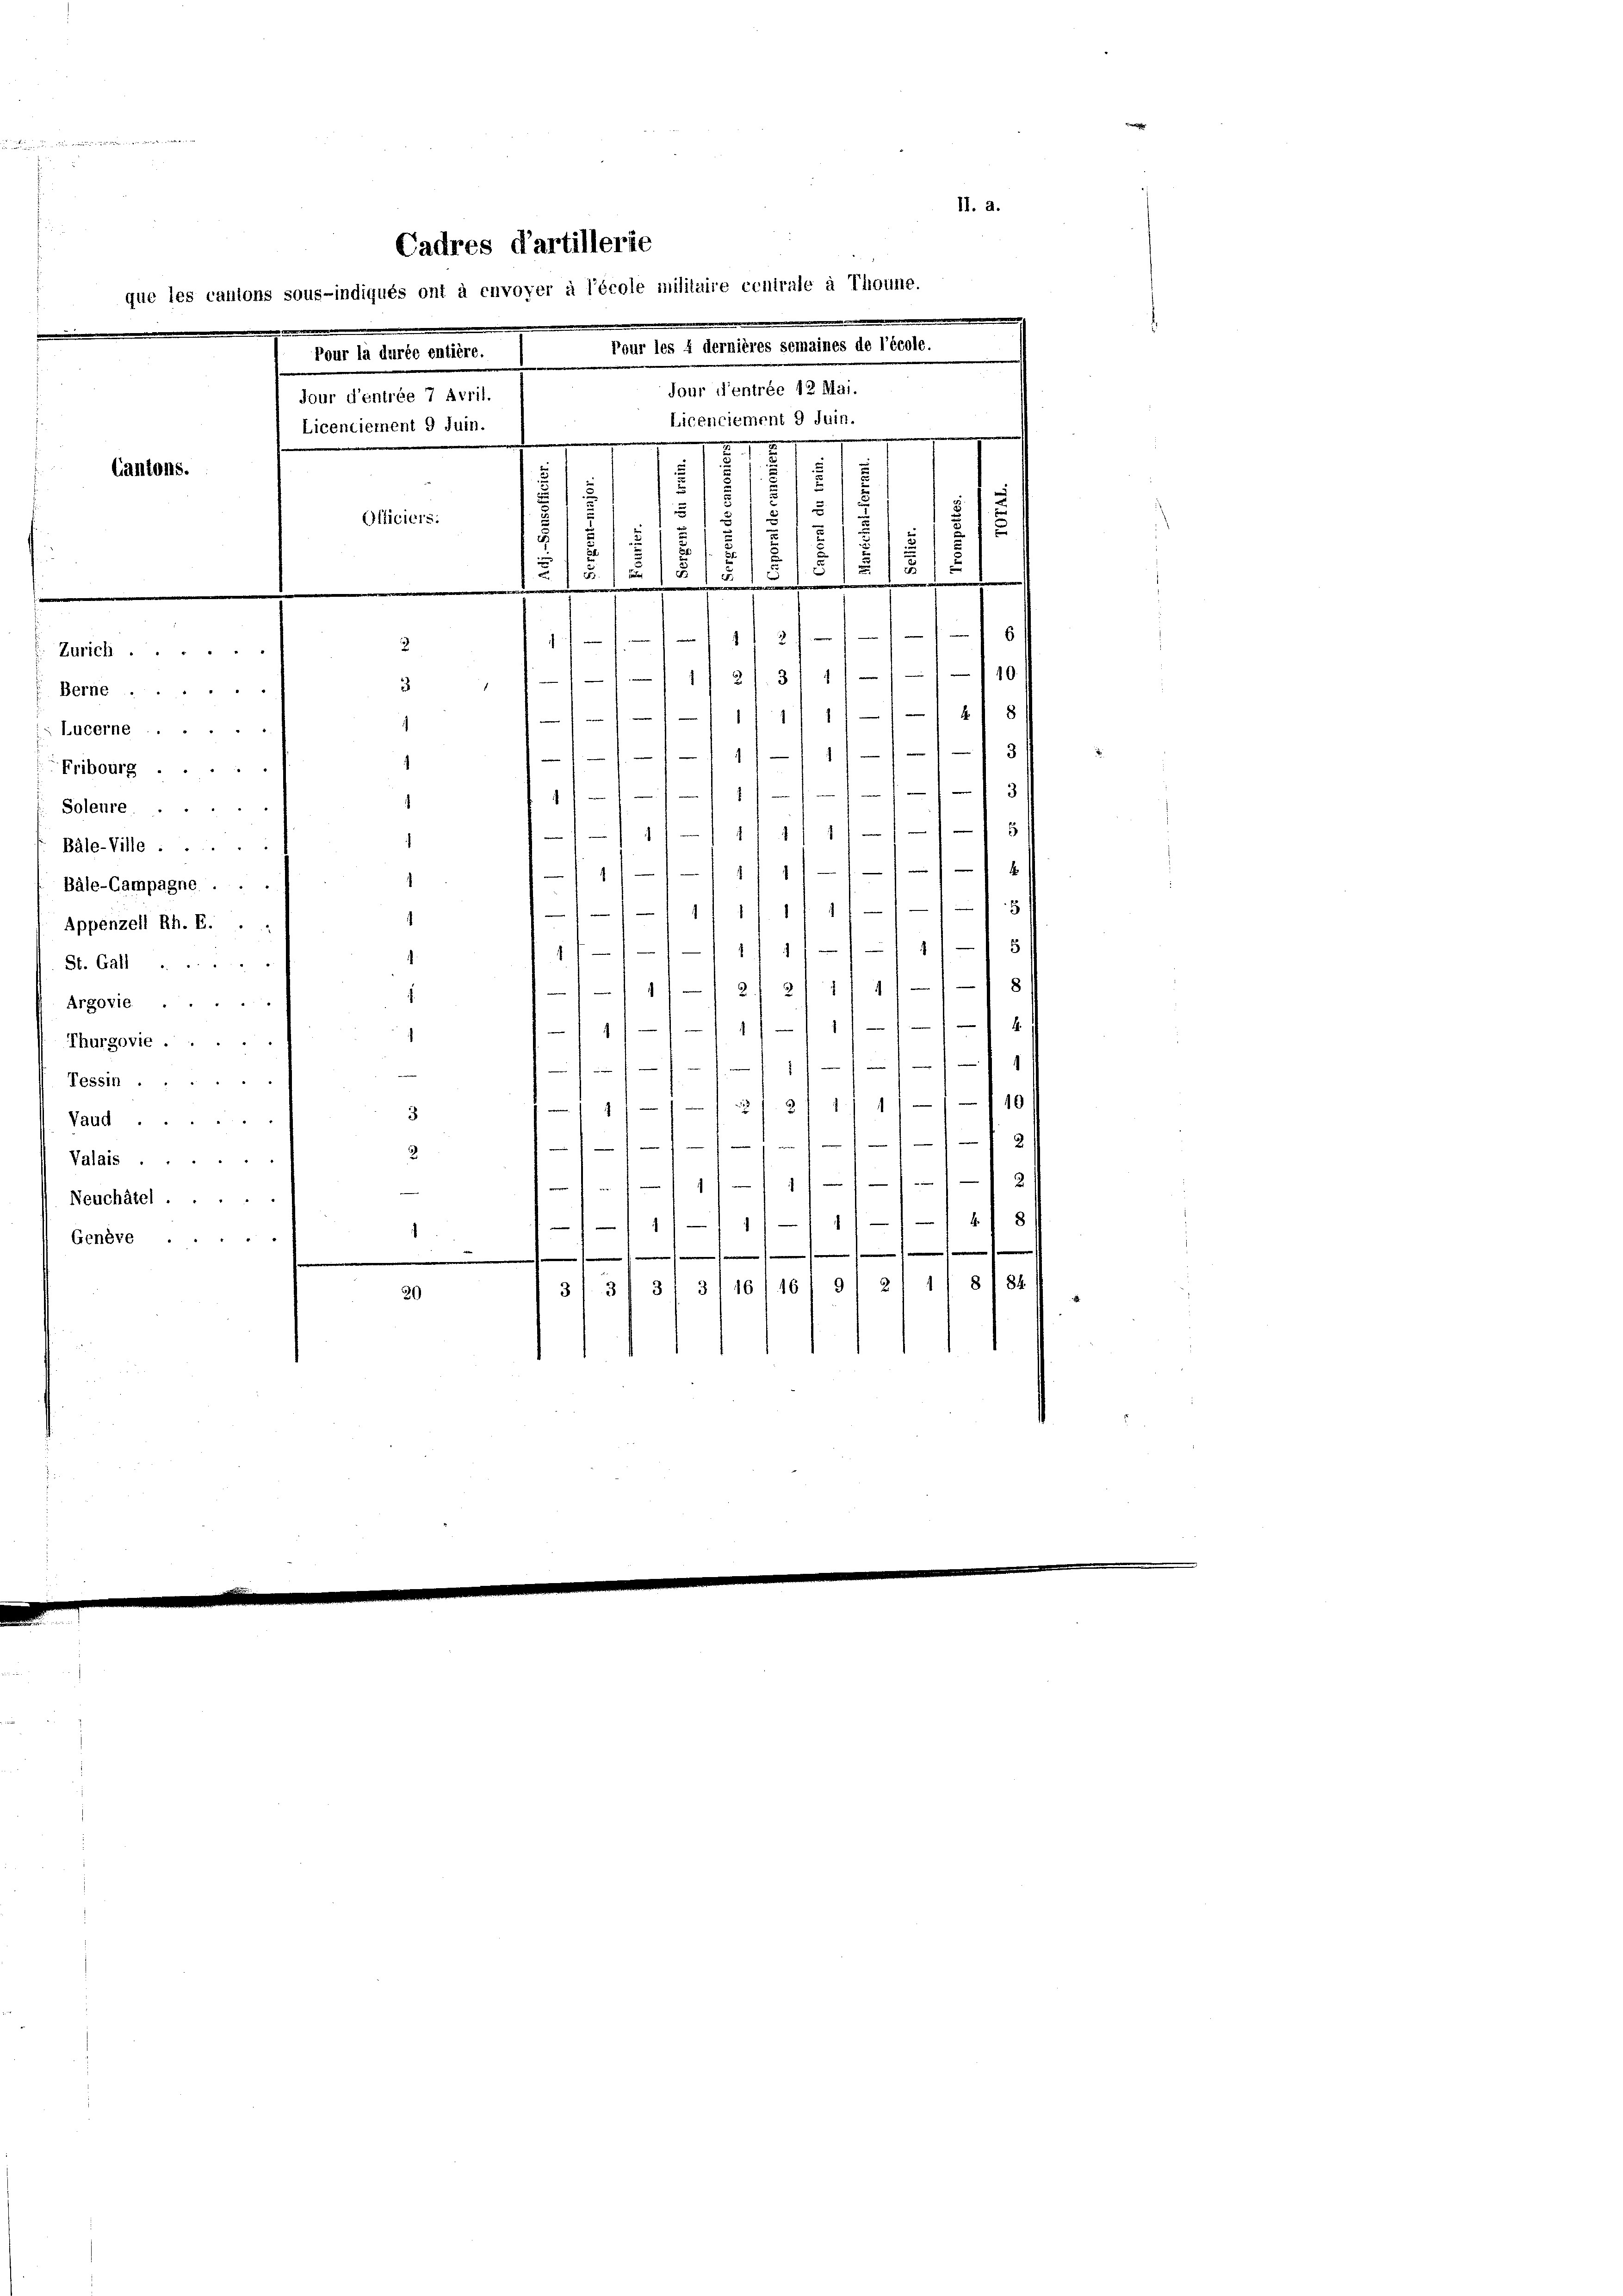
e

11—181
i
1/1 11
3
1
114 f 17
1
2
1
f 11
111
118
1111 21 2/ 11 411 8
.
1 11 x
)

.
.
Thurgovie

Tessin.
§. 1. 31. 47. 111 – 110
7
3
Vaud . .
13

2.
Valais .
1
e
Neuchâtel.
x
e
¬
1
Genève
e
.
.
3/31 3: 31 16/16/9/ 2/ 1/8/88.
20

II. a.
Cadres dartillerie
que les cantons sous-indiqués ont à envoyer à l’école militaire centrale à Thoune.
Tour les 4 dernières semaines de l’école.
Pour la durée entière.
Tour l’entrée 12 Mai.
jour d’entrée 7 Avril.
Licenciement 9 Juin.
Licenciement 9 Juin.
2
2
1
Cantons.
1
e
.
s
.
15
2
Officiers.
5
§ 1
s
s
¬
8
51 x

i
e
w
w
 2
2
Zürich.
/10
1/2 f. 81 11
d
3
Berne

Lucerne
Fribourg ...
Solenre
Bäle-Ville ....
Bäle-Campagne ..
Appenzell Rh. E.
St. Gall.
Argovie